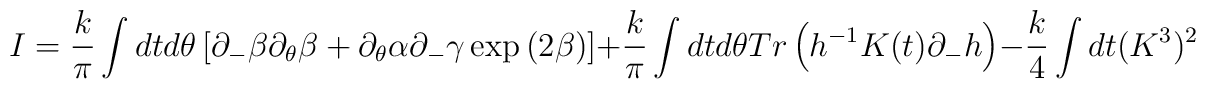
I = \frac{k}{\pi}\int dt d\theta \left[ \partial_- \beta \partial_\theta \beta+ \partial_\theta \alpha \partial_- \gamma  \exp{(2 \beta)} \right]+ \frac{k}{\pi} \int dt d\theta Tr\left(h^{-1} K(t) \partial_- h \right)- \frac{k}{4} \int dt (K^3)^2